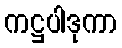
ကဋ္ဌပါဒုကာ